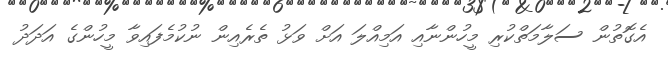
އެގޮތުން ސަލާމަތްކުރި މީހުންނާއި އަމިއްލަ އަށް ވަޅު ތެރެއިން ނުކުމެފައިވާ މީހުންގެ އަދަދު